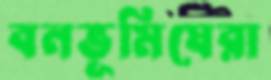
বনভূমিঘেরা